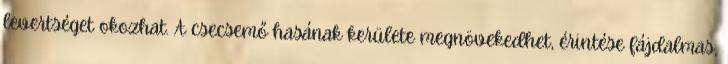
levertséget okozhat. A csecsemő hasának kerülete megnövekedhet, érintése fájdalmas,